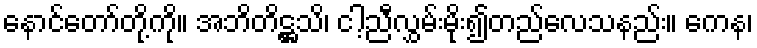
နောင်တော်တို့ကို။ အဘိတိဋ္ဌသိ၊ ငါ့ညီလွှမ်းမိုး၍တည်လေသနည်း။ ကေန၊